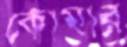
কোমার